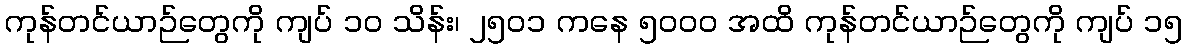
ကုန်တင်ယာဉ်တွေကို ကျပ် ၁ဝ သိန်း၊ ၂၅ဝ၁ ကနေ ၅ဝဝဝ အထိ ကုန်တင်ယာဉ်တွေကို ကျပ် ၁၅